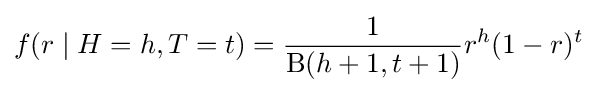
f(r\mid H=h,T=t)={\frac {1}{\mathrm {B} (h+1,t+1)}}r^{h}(1-r)^{t}